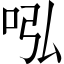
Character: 𠰈